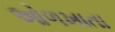
ઓળખાતા